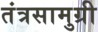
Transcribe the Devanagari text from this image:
तंत्रसामुग्री